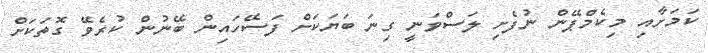
ކަމަށާއި މިކެމްޕޭން ނުފެށި ލަސްވަނީ ގިނަ ބަޔަަކަށް ފަސޭހައިން ބޭނުން ކުރެވޭ ގޮތަކަށް